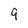
Character: 9